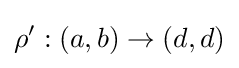
\rho ':(a,b)\rightarrow (d,d)